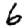
Digit: 6